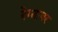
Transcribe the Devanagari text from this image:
रेम्ब्रावर